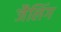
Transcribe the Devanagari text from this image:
जैलिंग